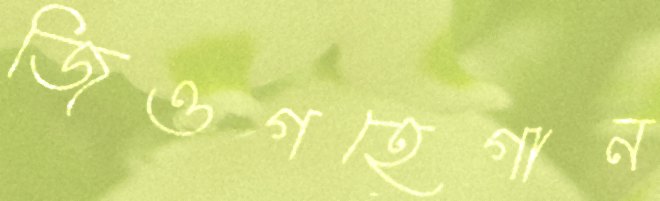
জিওগহেগান